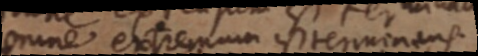
omne extremum est terminans.